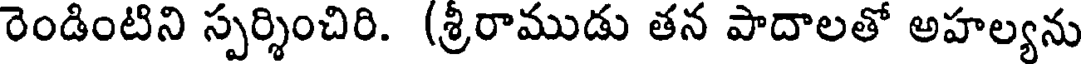
రెండింటిని స్పర్శించిరి. (శ్రీరాముడు తన పాదాలతో అహల్యను